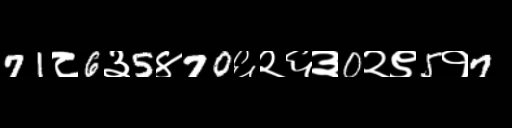
Text: 71८6३5४70६२६३0२९5१7